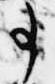
事